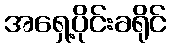
အရှေ့ပိုင်းခရိုင်